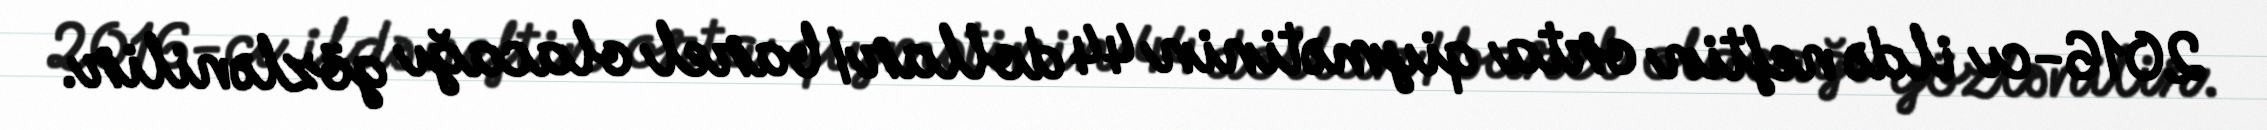
2016-cı ildə neftin orta qiymətinin 44 dollar/barel olacağı gözlənilir.